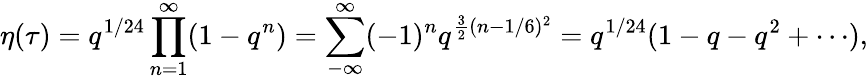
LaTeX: \eta(\tau)=q^{1/24}\prod_{n=1}^{\infty}(1-q^{n})=\sum_{-\infty}^{\infty}(-1)^{n}q^{\frac{3}{2}(n-1/6)^{2}}=q^{1/24}(1-q-q^{2}+\cdots),